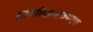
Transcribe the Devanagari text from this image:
लोकशिक्षणविषयक